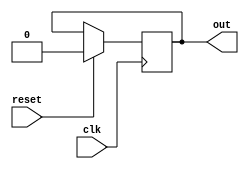
module sequential_logic (
    input wire clk,
    input wire reset,
    output reg out
);

always @ (posedge clk) begin
    if (reset) begin
        out <= 1'b0;
    end else begin
        // Your sequential logic functionality goes here
    end
end

endmodule